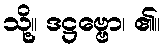
သို့။ ဒဋ္ဌဗ္ဗော၊ ၏။